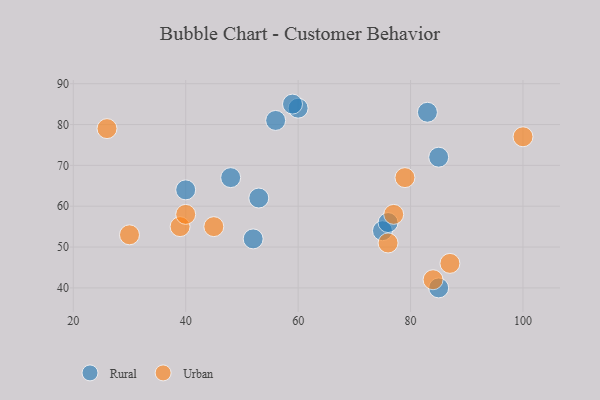
{"axis": {"x": "GDP", "y": "Life Expectancy"}, "legend": ["Rural", "Urban"], "data": [{"x": "85", "y": 40, "type": "Rural"}, {"x": "75", "y": 54, "type": "Rural"}, {"x": "40", "y": 64, "type": "Rural"}, {"x": "56", "y": 81, "type": "Rural"}, {"x": "76", "y": 56, "type": "Rural"}, {"x": "53", "y": 62, "type": "Rural"}, {"x": "52", "y": 52, "type": "Rural"}, {"x": "60", "y": 84, "type": "Rural"}, {"x": "85", "y": 72, "type": "Rural"}, {"x": "59", "y": 85, "type": "Rural"}, {"x": "48", "y": 67, "type": "Rural"}, {"x": "83", "y": 83, "type": "Rural"}, {"x": "84", "y": 42, "type": "Urban"}, {"x": "100", "y": 77, "type": "Urban"}, {"x": "87", "y": 46, "type": "Urban"}, {"x": "26", "y": 79, "type": "Urban"}, {"x": "39", "y": 55, "type": "Urban"}, {"x": "79", "y": 67, "type": "Urban"}, {"x": "30", "y": 53, "type": "Urban"}, {"x": "76", "y": 51, "type": "Urban"}, {"x": "77", "y": 58, "type": "Urban"}, {"x": "40", "y": 58, "type": "Urban"}, {"x": "45", "y": 55, "type": "Urban"}]}